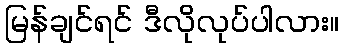
မြန်ချင်ရင် ဒီလိုလုပ်ပါလား။